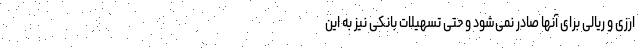
ارزی و ریالی برای آنها صادر نمی‌شود‌ و حتی تسهیلات بانکی نیز به این